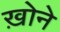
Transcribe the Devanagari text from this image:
ख़ोने